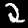
Label: 2